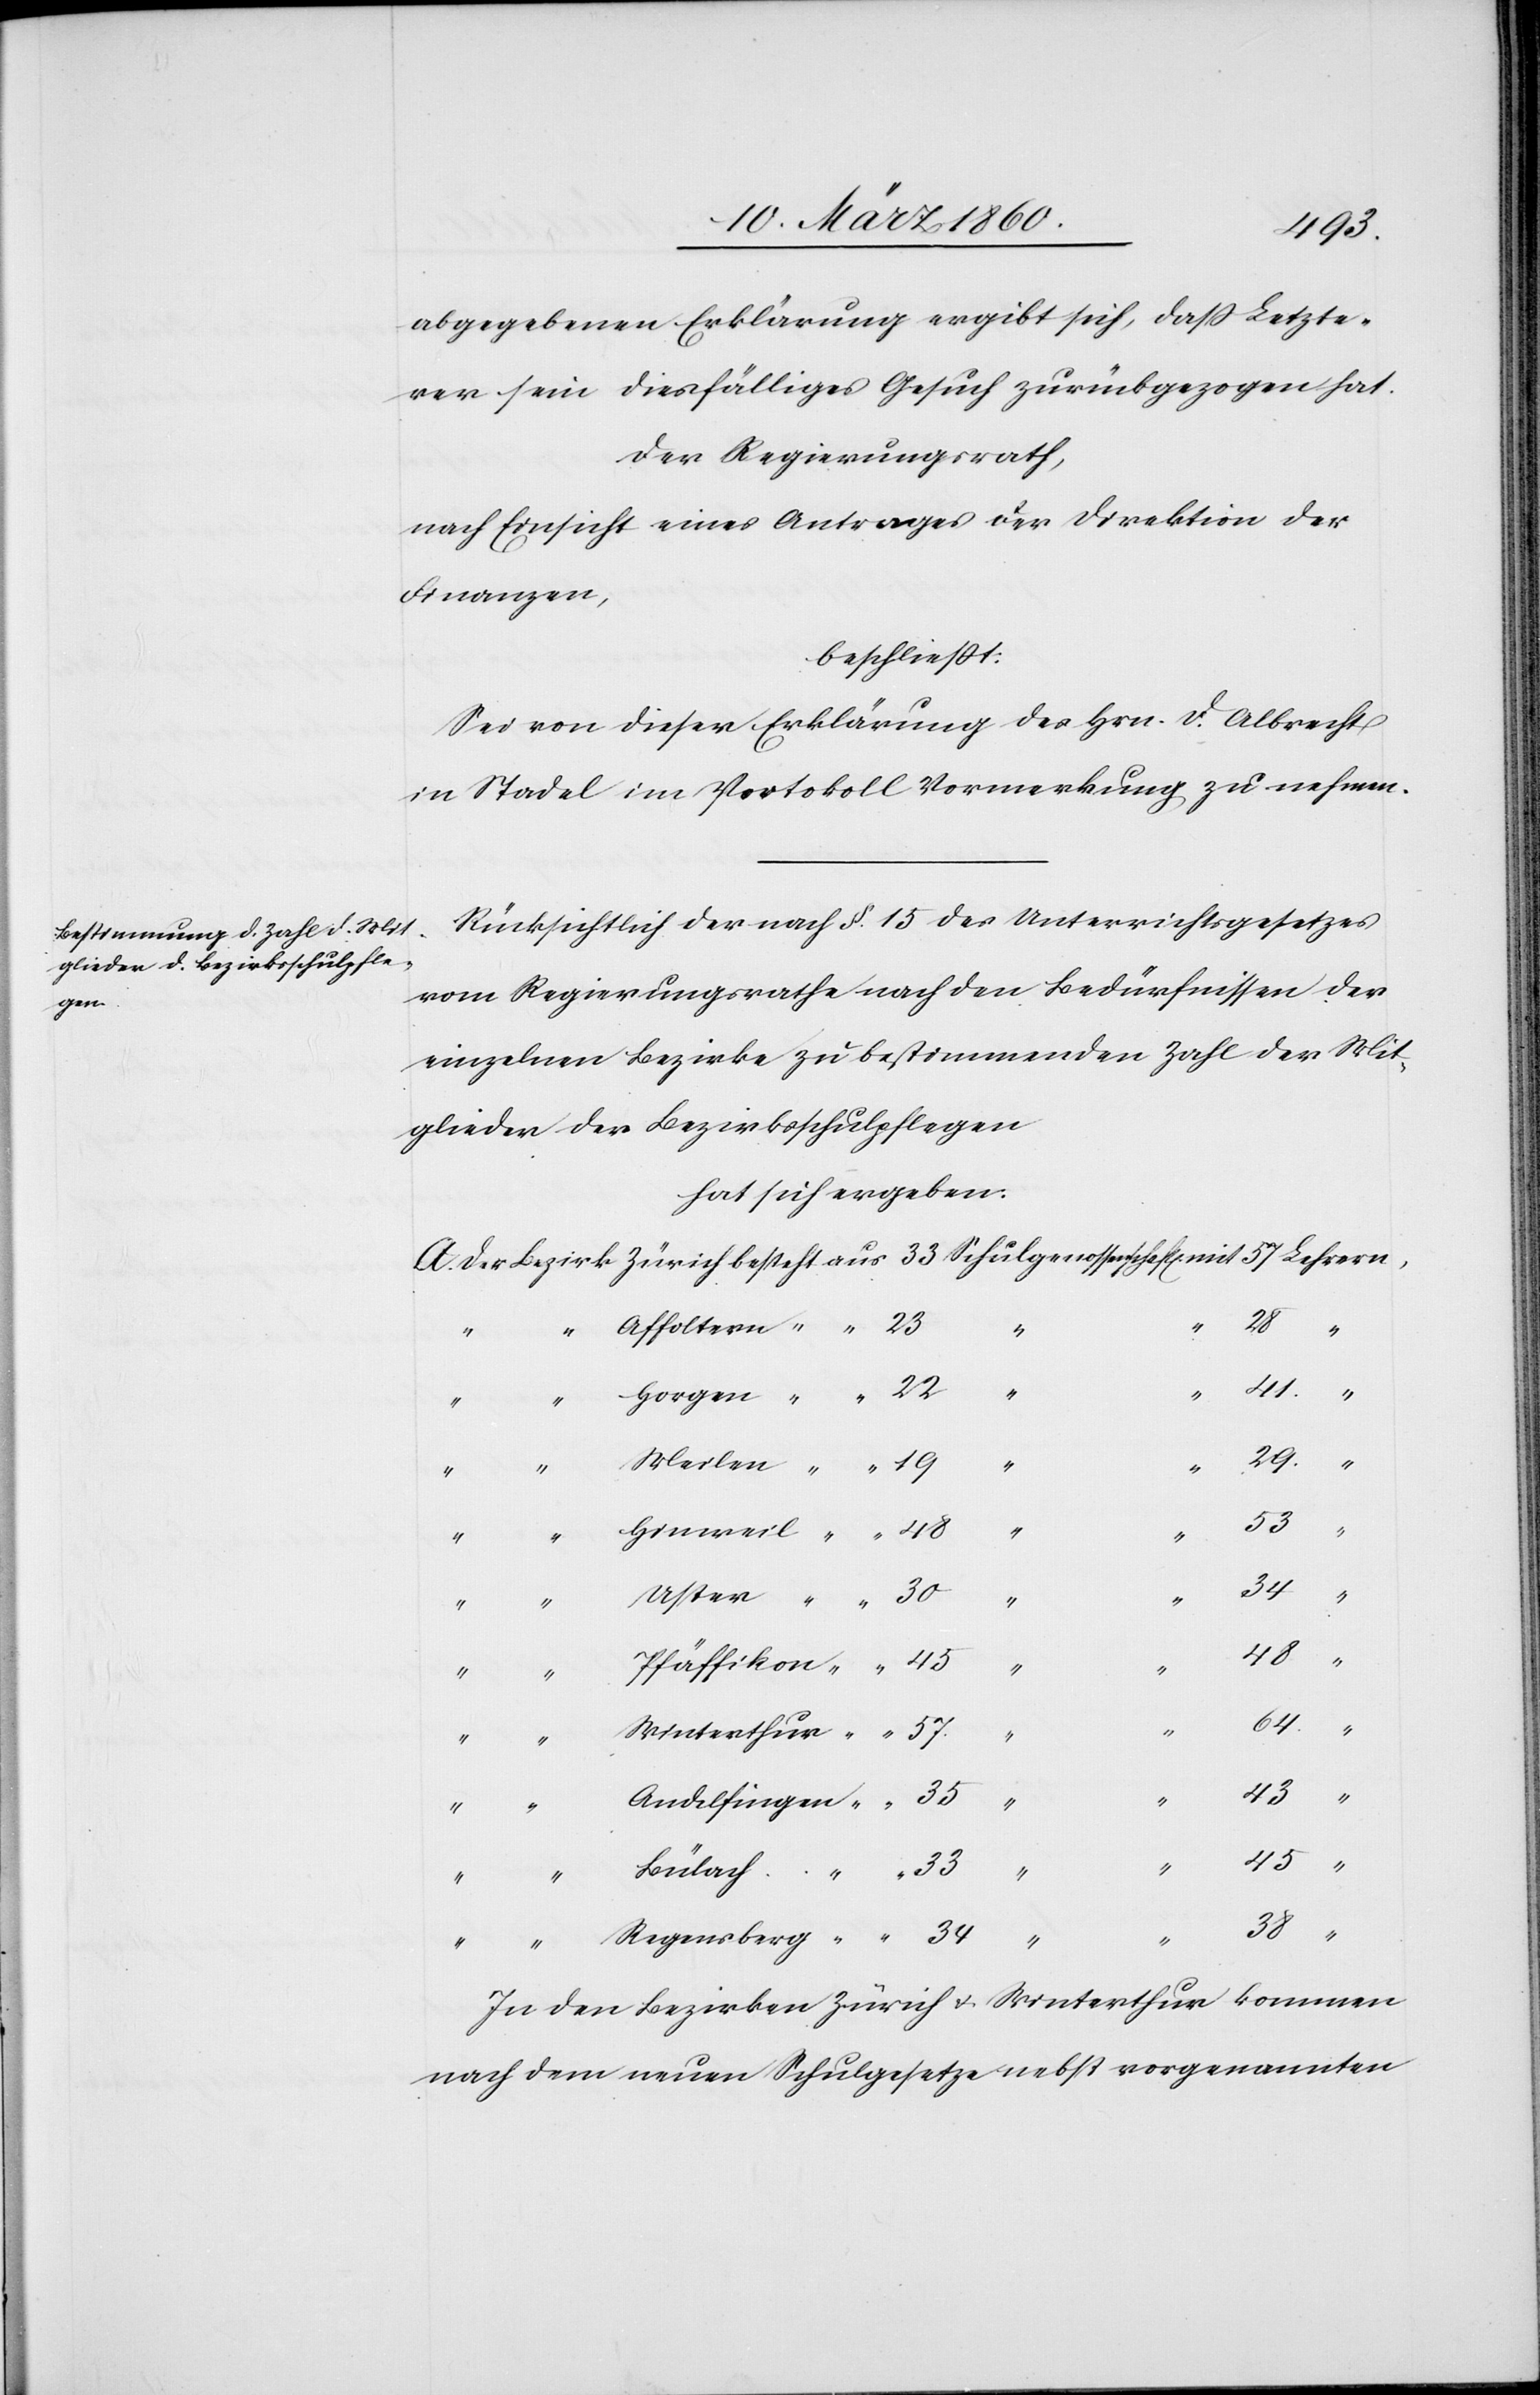
19
abgegebenen Erklärung ergibt sich, daß letzte¬
rer sein diesfälliges Gesuch zurückgezogen hat.
Der Regierungsrath,
nach Einsicht eines Antrages der Direktion der
Finanzen,
beschliesst:
Sei von dieser Erklärung des Hrn. Albrecht
in Stadel im Protokoll Vormerkung zu nehmen.
Rücksichtlich der nach §. 15. des Unterrichtsgesetzes
vom Regierungsrathe nach den Bedürfnissen der
einzelnen Bezirke zu bestimmenden Zahl der Mit¬
glieder der Bezirksschulpflegen
hat sich ergeben.
29
“
38
mit
A.
34
“
Pfäffikon
“
64
Regensberg
“
“
45
In den Bezirken Zürich u. Winterthur kommen
nach dem neuen Schulgesetze nebst vorgenannten